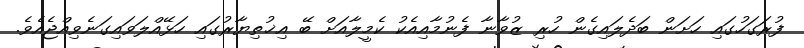
ފުރަގަހުގައި ހަށަން ބަދެލައިގެން ހުރި ޒުވާނާ ފެނުމާއިއެކު ކެމީލާއަށް ބޭ އިޚުތިޔާރުގައި ހަޅޭއްލަވައިގަނެވިއްޖެއެވެ.